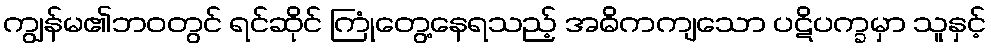
ကျွန်မ၏ဘဝတွင် ရင်ဆိုင် ကြုံတွေ့နေရသည့် အဓိကကျသော ပဋိပက္ခမှာ သူနှင့်